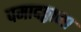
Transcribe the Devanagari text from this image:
पमादठ्ठाना